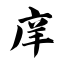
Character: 庠